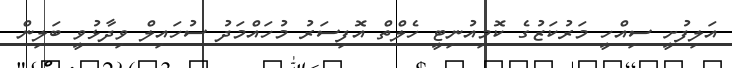
އަލިފުށީ ސިއްހީ މަރުކަޒުގެ ކޮމިއުނިޓީ ހެލްތް އޮފިސަރު މުހައްމަދު ސުހައިލް ވިދާޅުވީ ބަލިން